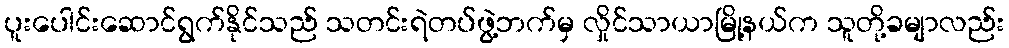
ပူးပေါင်းဆောင်ရွက်နိုင်သည် သတင်းရဲတပ်ဖွဲ့ဘက်မှ လှိုင်သာယာမြို့နယ်က သူတို့ခမျာလည်း